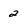
Character: 2